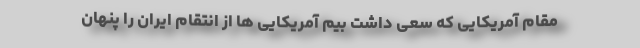
مقام آمریکایی که سعی داشت بیم آمریکایی ها از انتقام ایران را پنهان